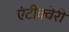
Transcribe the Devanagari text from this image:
एंटीक्वेरी